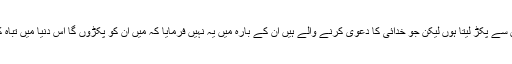
رگ جان سے پکڑ لیتا ہوں لیکن جو خدائی کا دعویٰ کرنے والے ہیں ان کے بارہ میں یہ نہیں فرمایا کہ میں ان کو پکڑوں گا اس دنیا میں تباہ کروں گا۔